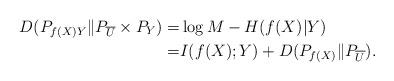
LaTeX: \begin{align*}D(P_{f(X)Y} \| P_{\overline{U}}\times P_Y)=&\log M - H(f(X) |Y) \\=& I(f(X);Y)+D(P_{f(X)} \| P_{\overline{U}}).\end{align*}